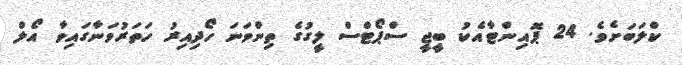
ކްލަބަށެވެ. 24 ޕޮއިންޓާއެކު ބީޖީ ސްޕޯޓްސް ލީގުގެ ތިންވަނަ ހޯދިއިރު ހަތަރުވަނާގައިވާ އޯލް